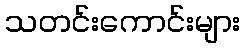
သတင်းကောင်းများ